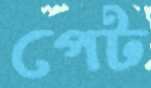
পেট